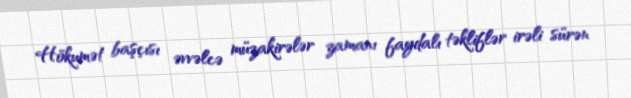
Hökumət başçısı əvvəlcə müzakirələr zamanı faydalı təkliflər irəli sürən